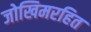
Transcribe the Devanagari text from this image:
जोखिमरहित